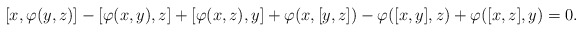
\begin{align*} [x,\varphi(y,z)] - [\varphi(x,y), z] + [\varphi(x,z), y] + \varphi(x, [y,z]) - \varphi([x,y],z) + \varphi([x,z],y)=0. \end{align*}